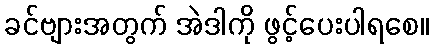
ခင်ဗျားအတွက် အဲဒါကို ဖွင့်ပေးပါရစေ။